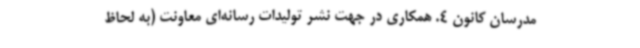
مدرسان کانون 4. همکاری در جهت نشر تولیدات رسانه‌ای معاونت (به لحاظ